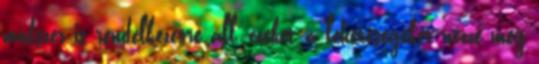
módszer is rendelkezésre áll, ezeket a lehetőségeket nézze meg